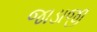
જાડાજી